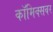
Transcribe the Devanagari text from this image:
कॉमिक्सवर